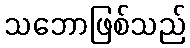
သဘောဖြစ်သည်